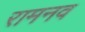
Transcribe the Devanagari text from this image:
रामनव